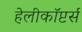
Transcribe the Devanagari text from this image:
हेलीकॉप्टर्स